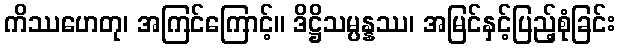
ကိဿဟေတု၊ အကြင်ကြောင့်။ ဒိဋ္ဌိသမ္ပန္နဿ၊ အမြင်နှင့်ပြည့်စုံခြင်း